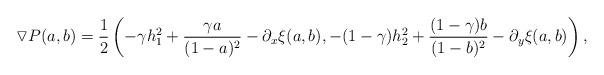
LaTeX: \begin{align*}\triangledown P(a,b)&=\frac{1}{2}\left(-\gamma h_1^2+\frac{\gamma a}{(1-a)^2}-\partial_x\xi(a,b),-(1-\gamma) h_2^2+\frac{(1-\gamma)b}{(1-b)^2}-\partial_y\xi(a,b)\right),\end{align*}